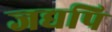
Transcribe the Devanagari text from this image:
जद्यपि